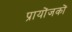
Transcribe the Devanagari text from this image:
प्रायोंजकों